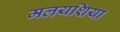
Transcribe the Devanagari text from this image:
मलयशिया